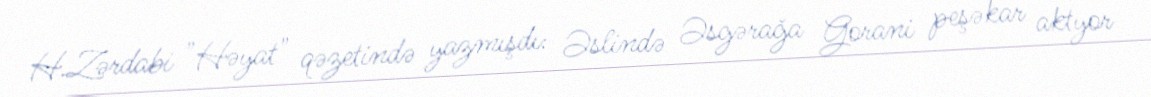
H.Zərdabi "Həyat" qəzetində yazmışdı: Əslində Əsgərağa Gorani peşəkar aktyor